Problem: 23 + 47 = ?
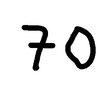
Handwritten answer: 70